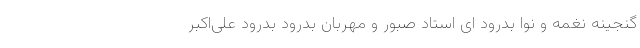
گنجینه نغمه و نوا بدرود‌ ای استاد صبور و مهربان بدرود بدرود علی‌اکبر